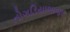
તોગડિયાભાજપ